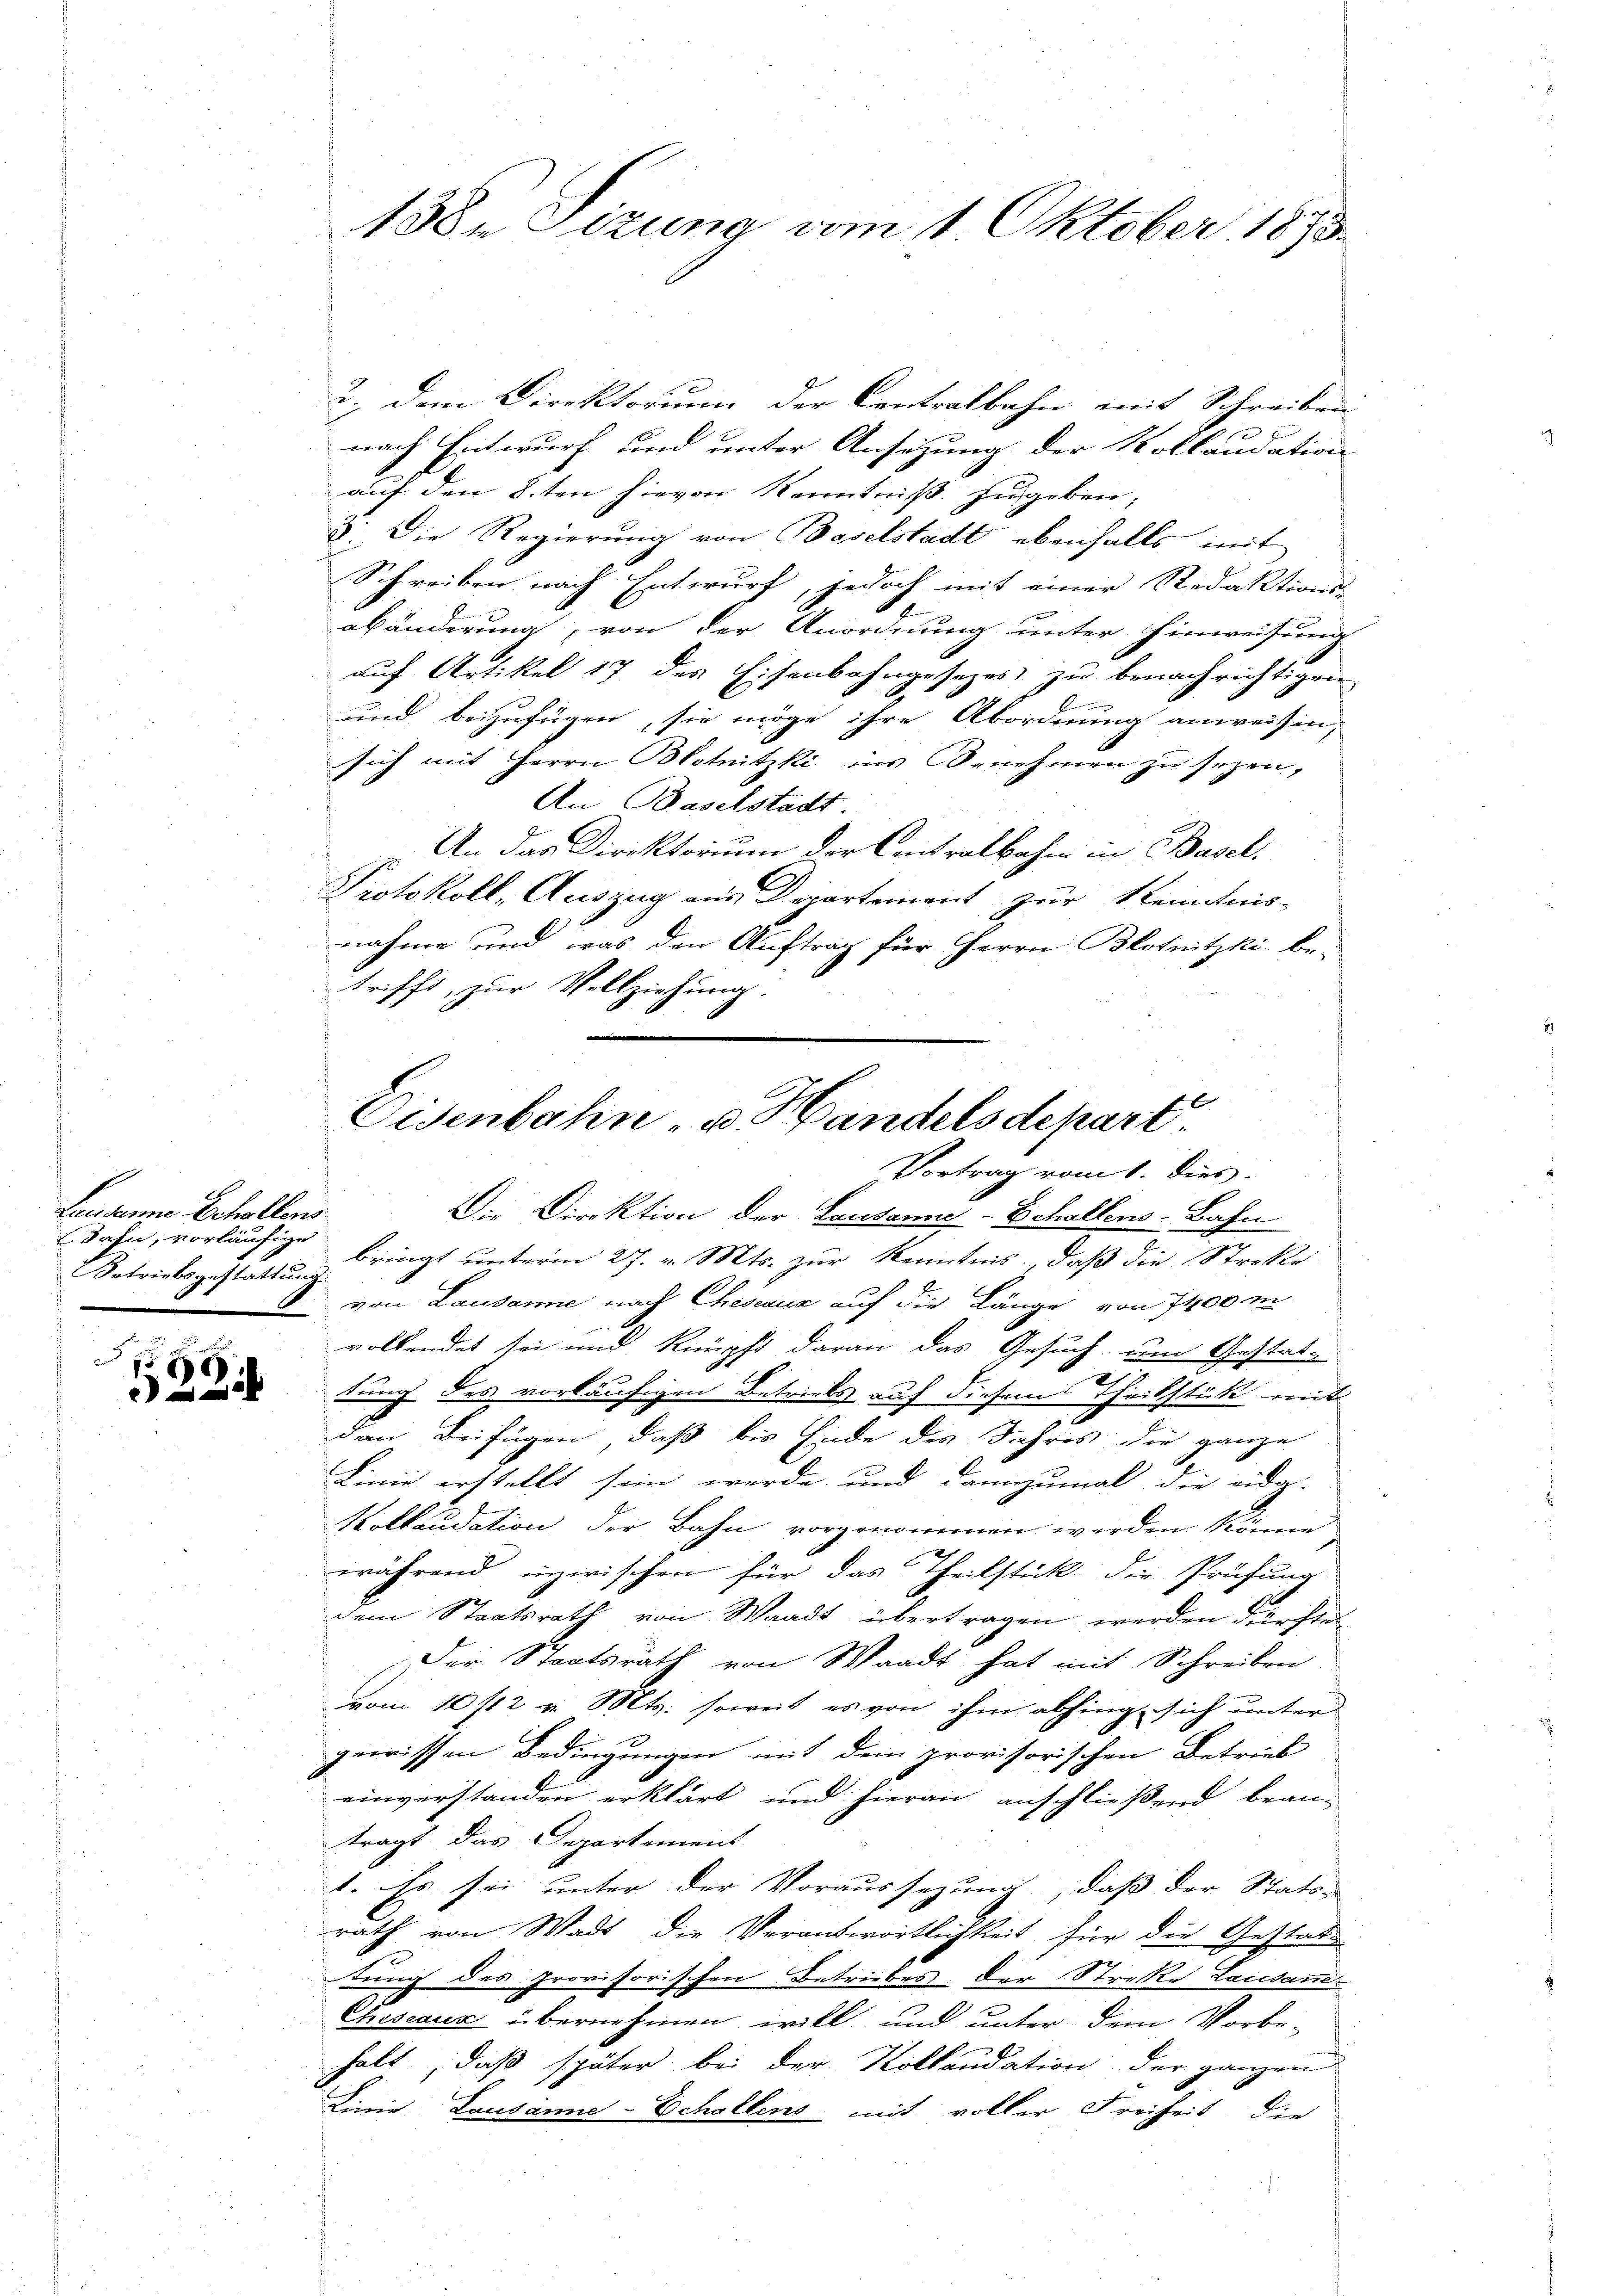
Lausanne Echollens
Dahn, vorläufige

5
224

138. Sizung vom 1. Oktober 1875.

2.) Dem Direktorum der Centralbahn mit Schreiben
nach Entwurf und unter Ansetzung der Kollaudation
auf den 8ten hievon Kenntniß zugeben;
3. Die Regierung von Baselstadt ebenfalls mit
Schreiben nach Entwurf, jedoch mit einer Redaktions-
abänderung, von der Anordnung unter Hinweisung
auf Artikel 17 des Eisenbahngesezes zu benachrichtigen
.
und beizufügen, sie möge ihre Abordnung anweisen,
sich mit Herrn Blotnitzki ins Benehmen zu sezen,
An Baselstadt
An das Direktorium der Centralbahn in Basel
Protokoll, Auszug aus Departement zur Kenntnis-
nahme und was den Auftrag für Herrn Blotnitzki be-
trifft, zur Vollziehung.
Die Direktion der Lausanne-Echallens-Bahn
Betriebsgestattung bringt unterm 27. v. Mts. zur Kenntnis, daß die Streker
von Lausanne nach Cheseaux auf die Länge von 7400 m
vollendet sei und knüpft daran das Gesuch, um Gestat¬
2
tung des vorläufigen Betriebs auf diesem Theilstück mit
den Beifügen, daß bis Ende des Jahres die ganze
Linie erstellt sein werde und dannzumal die eidg.
Kolkaudation der Bahn vorgenommen werden könne
während inzwischen für das Theilstück die Prüfung
dem Staatsrath von Waadt übertragen werden dürfte
Der Staatsrath von Waadt hat mit Schreiben
vom 10/12 v. Mts. soweit es von ihm abhing sich unter
gewissen Bedingungen mit dem provisorischen Betrieb
einverstanden erklärt und hieran anschließend bean-
tragt das Departement
1. Es sei unter der Voraussezung, daß der Statu-
rath von Wadt die Veranswortlichkeit für die Gestattung des provisorischen Betriebes, der Streke Lausand
Cheseaus übernehmen will und unter dem Vorbe-
halt, daß später bei der Kollaudation der ganzen
Linie Lausanne-Schollens mit voller Freiheit die
.

Eisenbahn- u. Handelsdepart.
Vortrag vom 1. dies